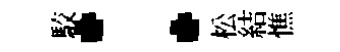
駮：松結憔